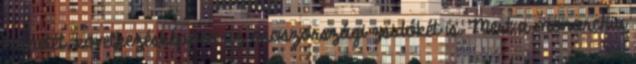
menetét, következésképpen az oroszországi zsidókét is. Mert a monarchia